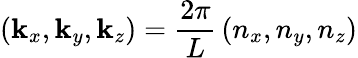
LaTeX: \left(\mathbf{k}_{x},\mathbf{k}_{y},\mathbf{k}_{z}\right)={\frac{{2\pi}}{{L}}}\left(n_{x},n_{y},n_{z}\right)